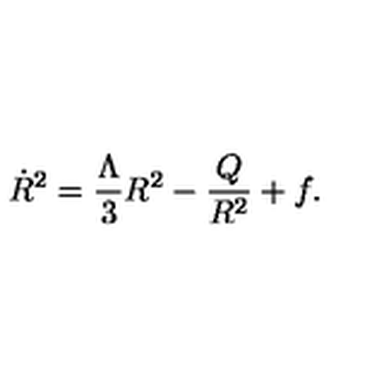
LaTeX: \dot { R } ^ { 2 } = { \frac { \Lambda } { 3 } } { R ^ { 2 } } - { \frac { Q } { R ^ { 2 } } } + f .